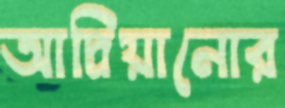
আদ্রিয়ানোর